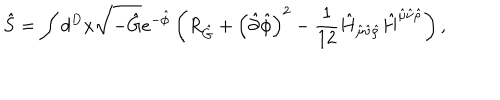
\hat { S } = \int d ^ { D } x \sqrt { - \hat { G } } e ^ { - \hat { \phi } } \left( R _ { \hat { G } } + \left( \hat { \partial } \hat { \phi } \right) ^ { 2 } - \frac { 1 } { 1 2 } \hat { H } _ { \hat { \mu } \hat { \nu } \hat { \rho } } \hat { H } ^ { \hat { \mu } \hat { \nu } \hat { \rho } } \right) ,